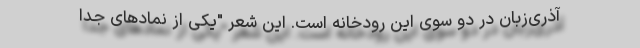
آذری‌زبان در دو سوی این رودخانه است. این شعر "یکی از نماد‌های جدا